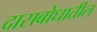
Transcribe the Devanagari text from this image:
दासबोधातील